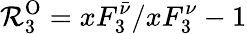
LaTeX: {\cal R}_{3}^{\mathrm{O}}=xF_{3}^{\bar{\nu}}/xF_{3}^{\nu}-1